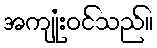
အကျုံးဝင်သည်။